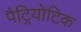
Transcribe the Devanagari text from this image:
पैट्रियोटिक